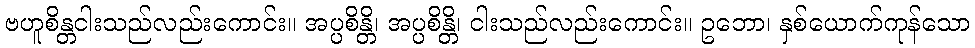
ဗဟူစိန္တငါးသည်လည်းကောင်း။ အပ္ပစိန္တိ၊ အပ္ပစိန္တိ၊ ငါးသည်လည်းကောင်း။ ဥဘော၊ နှစ်ယောက်ကုန်သော